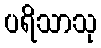
ပရိသာသု